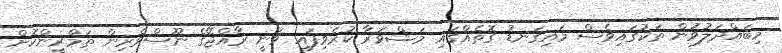
މިބައްދަލުވުން ތަކުގައިވެސް މައިގަނޑު ގޮތެއްގައި މަޝްވަރާ ކުރެވިފައި ވަނީ ރާއްޖޭގެ ނޫސްވެރިން ތަމްރީންކޮށް